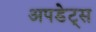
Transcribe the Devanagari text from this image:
अपडेट्स